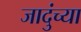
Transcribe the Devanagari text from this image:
जादुंच्या